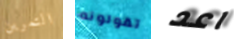
التمرين تقولونه اعد